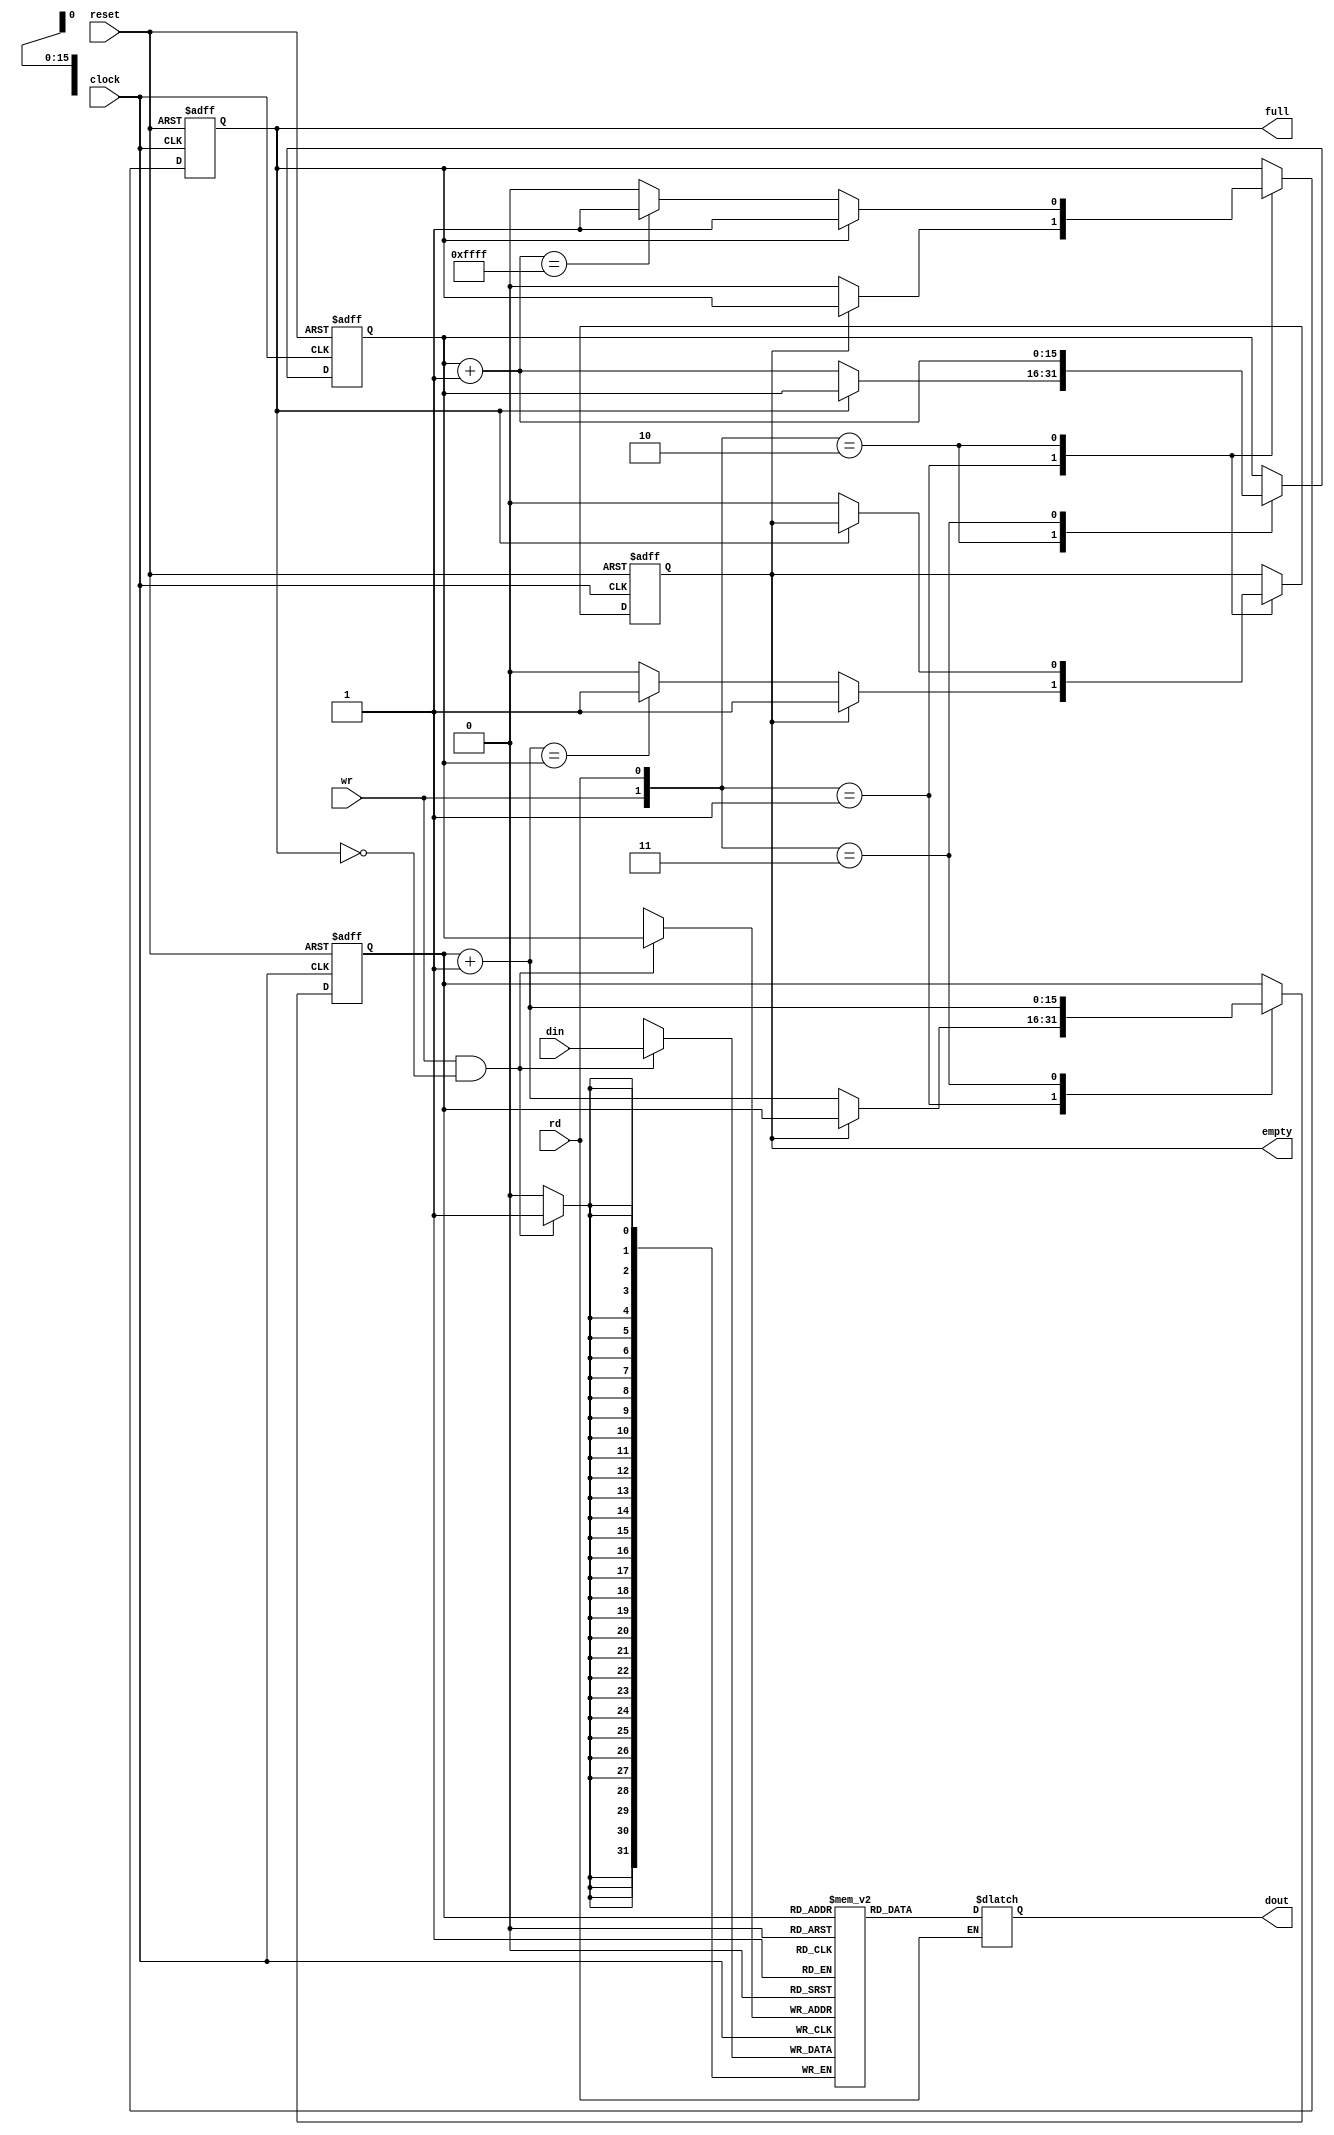
// =============================================================================
// Company      : University of Glasgow
// 
// Design Name  : 
// Module Name  : delayline_z1
// Project Name : TyTra
// Target Devices: Stratix V (D5/D8) 
//
// Tool versions: 
// Dependencies : 
//
// Revision     : 
// Revision 0.01. File Created
// 
// =============================================================================

// =============================================================================
// General Description
// -----------------------------------------------------------------------------
// A TyTra Pipeline compliant fifo buffer 
// has limited AXI-stream interface, typically used with a full AXI-stream wrapper
//==============================================================================

// Based on: http://simplefpga.blogspot.com/2012/12/fifofirst-in-first-out-buffer-in-verilog.html

module ty_fifoBuffCore 
#(
    parameter abits = 16
  , parameter dbits = 32
)

(
    input clock,
    input reset,
    input wr,
    input rd,
    input [dbits-1:0] din,
    output empty,
    output full,
    output [dbits-1:0] dout
);
 
wire db_wr, db_rd;
reg dffw1, dffw2, dffr1, dffr2;
reg [dbits-1:0] out;
 
always @ (posedge clock) dffw1 <= wr; 
always @ (posedge clock) dffw2 <= dffw1;
 
//assign db_wr = ~dffw1 & dffw2; //monostable multivibrator to detect only one pulse of the button
//WN
assign db_wr = wr; 
 
always @ (posedge clock) dffr1 <= rd;
always @ (posedge clock) dffr2 <= dffr1;
 
//assign db_rd = ~dffr1 & dffr2; //monostable multivibrator to detect only one pulse of the button
assign db_rd = rd;
 
 
reg [dbits-1:0] regarray[2**abits-1:0]; //number of words in fifo = 2^(number of address bits)
reg [abits-1:0] wr_reg, wr_next, wr_succ; //points to the register that needs to be written to
reg [abits-1:0] rd_reg, rd_next, rd_succ; //points to the register that needs to be read from
reg full_reg, empty_reg, full_next, empty_next;
 
assign wr_en = db_wr & ~full; //only write if write signal is high and fifo is not full
 
//always block for write operation
always @ (posedge clock)
 begin
  if(wr_en)
   regarray[wr_reg] <= din;  //at wr_reg location of regarray store what is given at din
 
 end
  
  
//always block for read operation
//always @ (posedge clock)
// begin
//  if(db_rd)
//   out <= regarray[rd_reg];
// end
 
//WN: always block for read operation (converted to combinatorial read, saves a cycle)
always @ (*)
 begin
  if(db_rd)
   out <= regarray[rd_reg];
 end
 
  
 
always @ (posedge clock or posedge reset)
 begin
  if (reset)
   begin
   wr_reg <= 0;
   rd_reg <= 0;
   full_reg <= 1'b0;
   empty_reg <= 1'b1;
   end
   
  else
   begin
   wr_reg <= wr_next; //created the next registers to avoid the error of mixing blocking and non blocking assignment to the same signal
   rd_reg <= rd_next;
   full_reg <= full_next;
   empty_reg <= empty_next;
   end
 end
  
always @(*)
 begin
  wr_succ = wr_reg + 1; //assigned to new value as wr_next cannot be tested for in same always block
  rd_succ = rd_reg + 1; //assigned to new value as rd_next cannot be tested for in same always block
  wr_next = wr_reg;  //defaults state stays the same
  rd_next = rd_reg;  //defaults state stays the same
  full_next = full_reg;  //defaults state stays the same
  empty_next = empty_reg;  //defaults state stays the same
   
   case({db_wr,db_rd})
    //2'b00: do nothing LOL..
     
    2'b01: //read
     begin
      if(~empty) //if fifo is not empty continue
       begin
        rd_next = rd_succ;
        full_next = 1'b0;
       if(rd_succ == wr_reg) //all data has been read
         empty_next = 1'b1;  //its empty again
       end
     end
     
    2'b10: //write
     begin
       
      if(~full) //if fifo is not full continue
       begin
        wr_next = wr_succ;
        empty_next = 1'b0;
        if(wr_succ == (2**abits-1)) //all registers have been written to
         full_next = 1'b1;   //its full now
       end
     end
      
    2'b11: //read and write
     begin
      wr_next = wr_succ;
      rd_next = rd_succ;
     end
     //no empty or full flag will be checked for or asserted in this state since data is being written to and read from together it can  not get full in this state.
    endcase
    
 
 end
 
assign full = full_reg;
assign empty = empty_reg;
assign dout = out;
endmodule